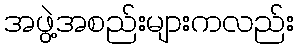
အဖွဲ့အစည်းများကလည်း